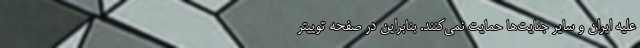
علیه ایران و سایر جنایت‌ها حمایت نمی‌کنند. بنابراین در صفحه توییتر